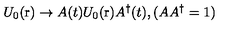
U _ { 0 } ( \mathrm { \boldmath r } ) \rightarrow A ( t ) U _ { 0 } ( \mathrm { \boldmath r } ) A ^ { \dag } ( t ) , ( A A ^ { \dag } = 1 )